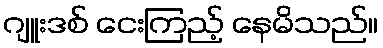
ဂျူးဒစ် ငေးကြည့် နေမိသည်။